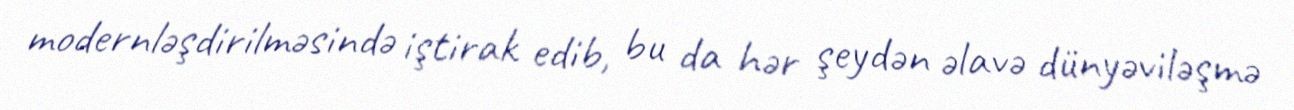
modernləşdirilməsində iştirak edib, bu da hər şeydən əlavə dünyəviləşmə